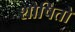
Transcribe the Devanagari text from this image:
शोषितो